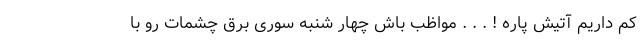
کم داریم آتیش پاره ! . . . مواظب باش چهار شنبه سوری برق چشمات رو با